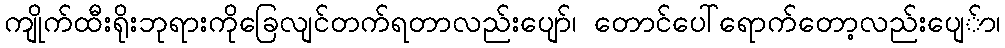
ကျိုက်ထီးရိုးဘုရားကိုခြေလျင်တက်ရတာလည်းပျော်၊ တောင်ပေါ်ရောက်တော့လည်းပျေ်ာ၊